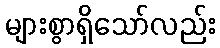
များစွာရှိသော်လည်း